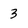
Character: 3